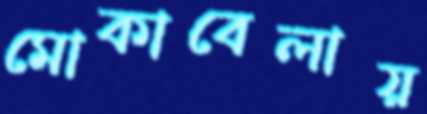
মোকাবেলায়